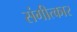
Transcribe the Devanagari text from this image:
संगीत्कार